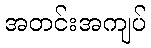
အတင်းအကျပ်